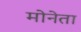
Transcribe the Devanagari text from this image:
मोनेता